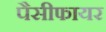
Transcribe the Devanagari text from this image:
पैसीफायर